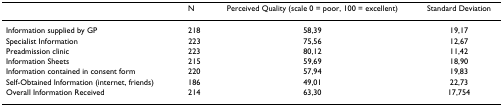
<table><thead><tr><td></td><td><b>N</b></td><td><b>Perceived Quality (scale 0 = poor, 100 = excellent)</b></td><td><b>Standard Deviation</b></td></tr></thead><tbody><tr><td>Information supplied by GP</td><td>218</td><td>58,39</td><td>19,17</td></tr><tr><td>Specialist Information</td><td>223</td><td>75,56</td><td>12,67</td></tr><tr><td>Preadmission clinic</td><td>223</td><td>80,12</td><td>11,42</td></tr><tr><td>Information Sheets</td><td>215</td><td>59,69</td><td>18,90</td></tr><tr><td>Information contained in consent form</td><td>220</td><td>57,94</td><td>19,83</td></tr><tr><td>Self-Obtained Information (internet, friends)</td><td>186</td><td>49,01</td><td>22,73</td></tr><tr><td>Overall Information Received</td><td>214</td><td>63,30</td><td>17,754</td></tr></tbody></table>